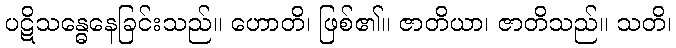
ပဋိသန္ဓေနေခြင်းသည်။ ဟောတိ၊ ဖြစ်၏။ ဇာတိယာ၊ ဇာတိသည်။ သတိ၊